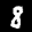
Label: 8